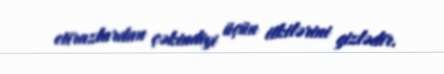
etirazlardan çəkindiyi üçün itkilərini gizlədir.